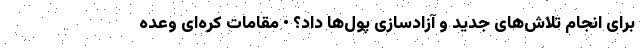
برای انجام تلاش‌های جدید و آزادسازی پول‌ها داد؟ • مقامات کره‌ای وعده